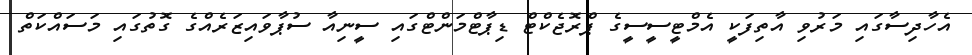
އެހާދިސާގައި މަރުވި އާތިފަކީ އެމްޓީސީސީގެ ޕްރޮޖެކްޓް ޑިޕާޓްމަންޓްގައި ސީނިއާ ސުޕާވައިޒަރެއްގެ ގޮތުގައި މަސައްކަތް